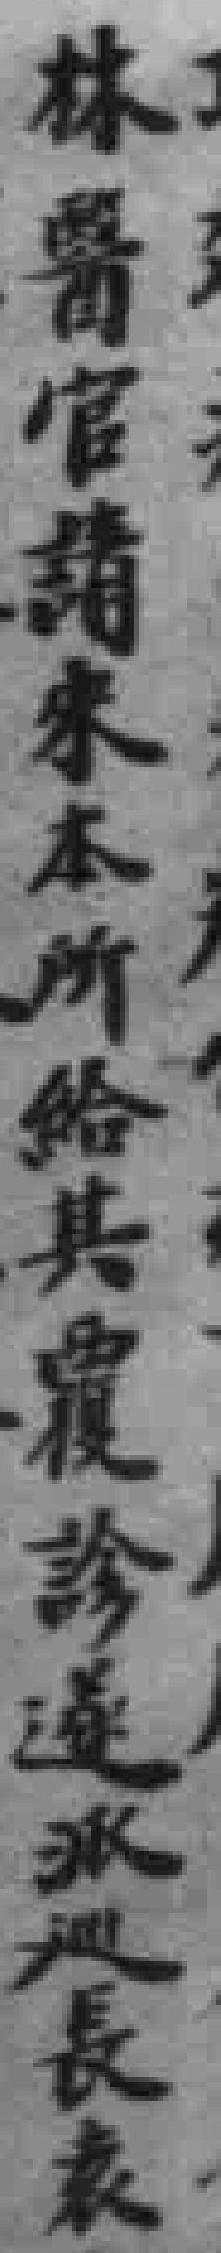
林醫官請來本所給其覆診遂派巡長袁